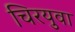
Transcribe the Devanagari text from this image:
चिरयुवा